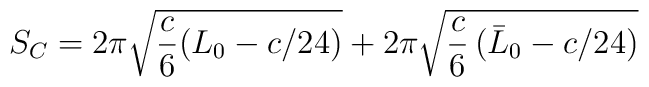
S_C= 2\pi \sqrt{{c\over 6} (L_{0} - c/24)} +2\pi \sqrt{{c \over 6} \,(\bar{L}_0 - c/24)}